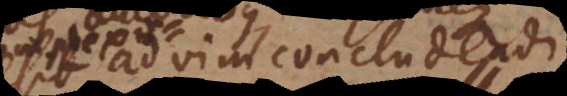
ad vim concludend